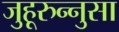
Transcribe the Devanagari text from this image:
जुहूरुन्नुसा